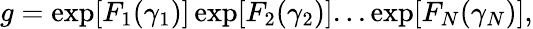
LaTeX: g=\exp[F_{1}(\gamma_{1})]\exp[F_{2}(\gamma_{2})]...\exp[F_{N}(\gamma_{N})],